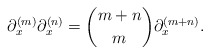
\begin{align*} \partial_x^{(m)}\partial_x^{(n)}=\binom{m+n}{m}\partial_x^{(m+n)}.\end{align*}